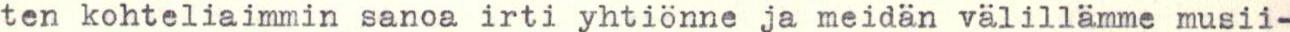
ten kohteliaimmin sanoa irti yhtiönne ja meidän välillämme musii-